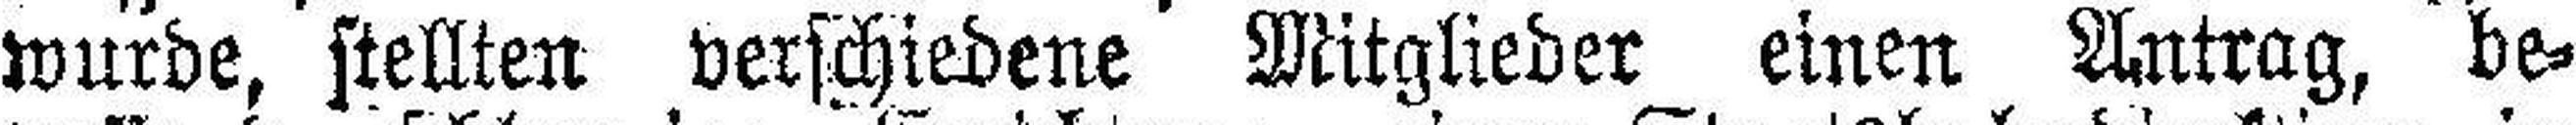
wurde, stellten verschiedene Mitglieder einen Antrag, be¬